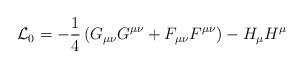
LaTeX: \begin{align*}{\cal L}_0=-\frac 14\, (G_{\mu\nu}G^{\mu\nu}+F_{\mu\nu}F^{\mu\nu}) -H_\mu H^\mu\end{align*}